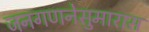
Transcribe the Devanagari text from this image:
जनगणनेसुमारास